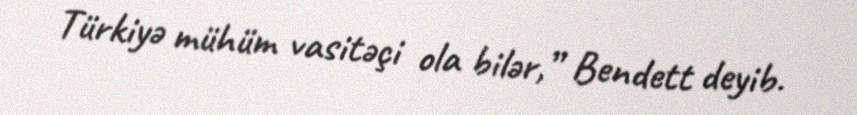
Türkiyə mühüm vasitəçi ola bilər,” Bendett deyib.